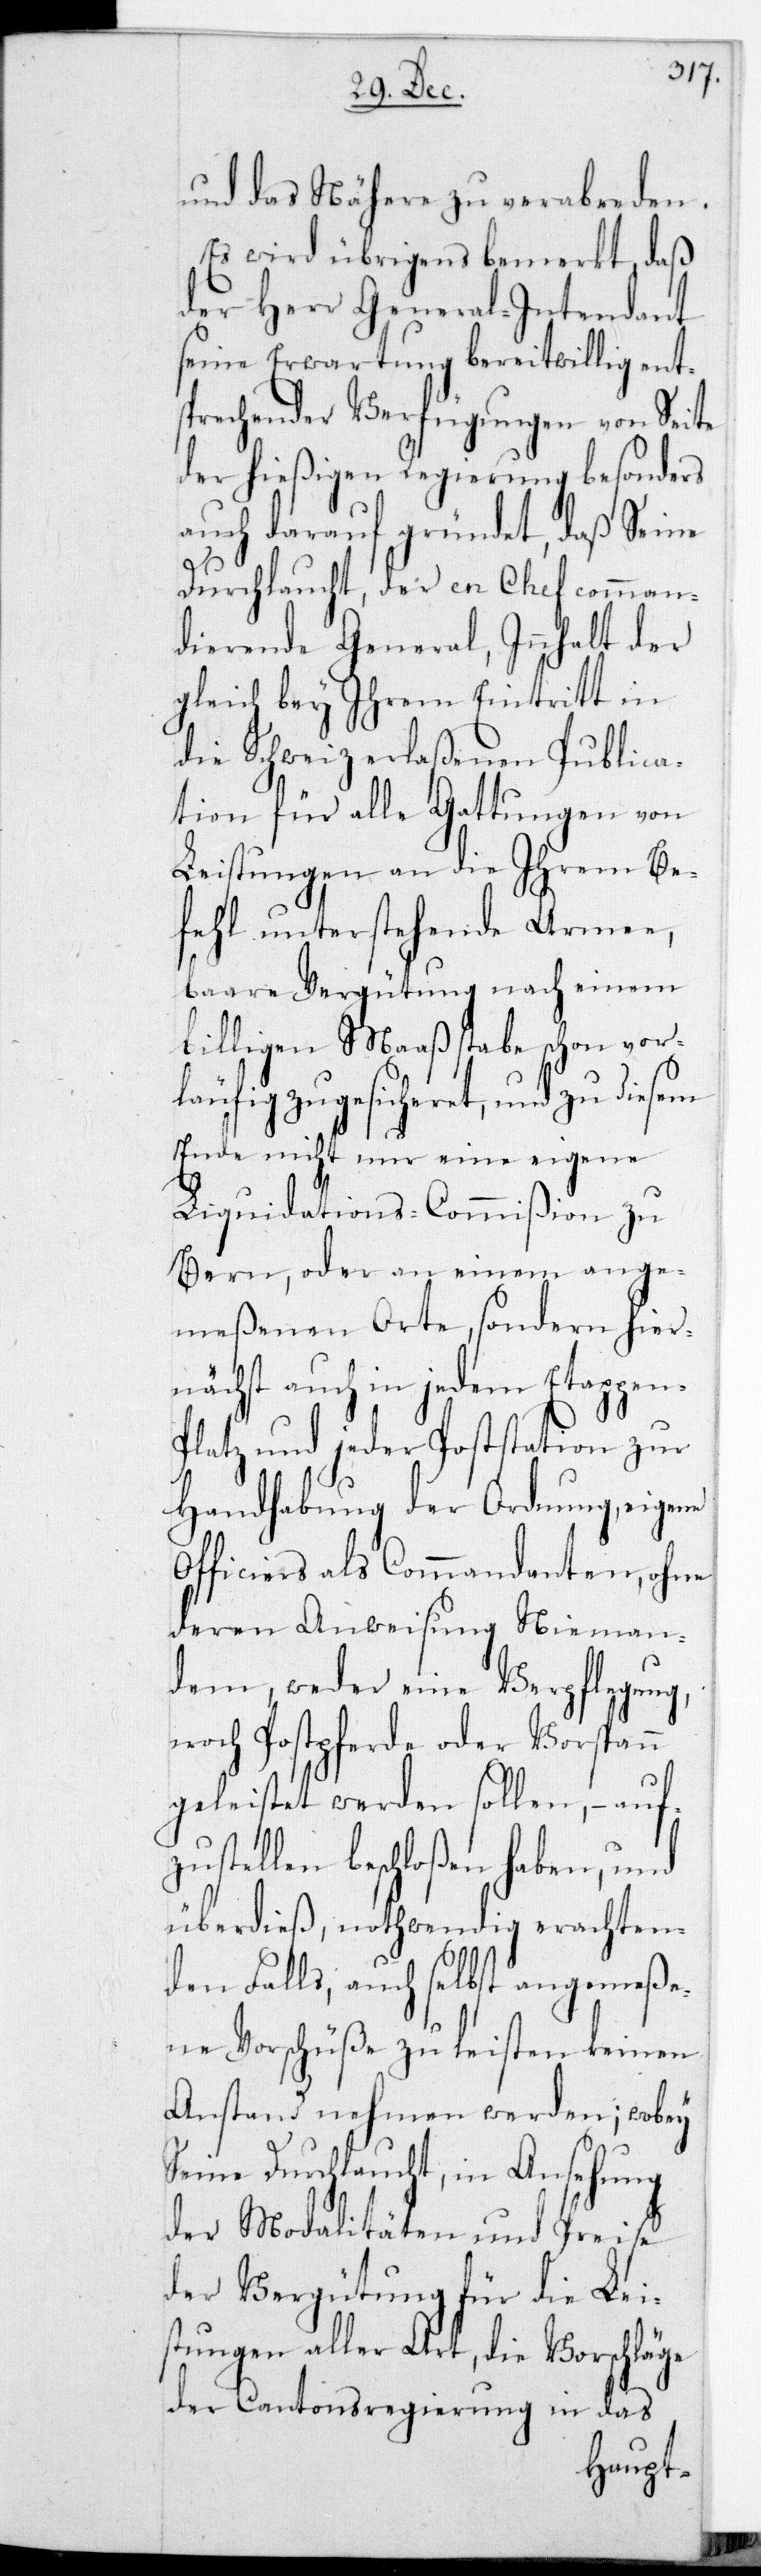
und das Nähere zu verabreden.
Es wird übrigens bemerkt, daß
der Herr General-Intendant
seine Erwartung bereitwillig ent¬
sprechender Verfügungen von Seite
der hießigen Regierung besonders
auch darauf gründet, daß Seine
Durchlaucht, der en Chef comman¬
dierende General, Innhalt der
gleich bey Ihrem Eintritt in
die Schweiz erlaßenen Publica¬
tion für alle Gattungen von
Leistungen an die ihrem Be¬
fehl unterstehende Armee,
baare Vergütung nach einem
billigen Maßstabe schon vor¬
läufig zugesicheret, und zu diesem
Ende nicht nur eine eigene
Liquidations-Commißion zu
Bern oder an einem ange¬
meßenen Orte, sondern hier¬
nächst auch in jedem Etappen-P¬
latz und jeder Poststation zur
Handhabung der Ordnung, eigene
Officiers als Commandanten, ohne
deren Anweisung nieman¬
dem, weder eine Verpflegung
noch Postpferde oder Vorspann
geleistet werden sollen, – auf¬
zustellen beschloßen haben, und
überdies, nothwendig erachten¬
den Falls auch selbst angemeße¬
ne Vorschüße zu leisten keinen
Anstand nehmen werden; wobey
Seine Durchlaucht in Ansehung
der Modalitäten und Preise
der Vergütung für die Lei¬
stungen aller Art, die Vorschläge
der Cantonsregierung in das